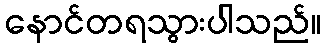
နောင်တရသွားပါသည်။